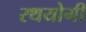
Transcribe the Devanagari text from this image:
रथयोगी